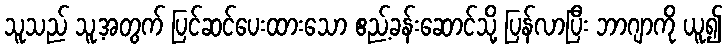
သူသည် သူ့အတွက် ပြင်ဆင်ပေးထားသော ဧည့်ခန်းဆောင်သို့ ပြန်လာပြီး ဘာဂျာကို ယူ၍